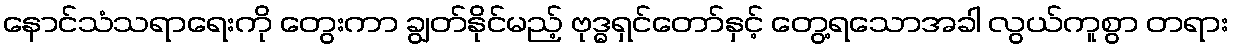
နောင်သံသရာရေးကို တွေးကာ ချွတ်နိုင်မည့် ဗုဒ္ဓရှင်တော်နှင့် တွေ့ရသောအခါ လွယ်ကူစွာ တရား